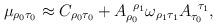
LaTeX: \begin{align*}\mu _{\rho _{0}\tau _{0}}\approx C_{\rho _{0}\tau _{0}}+A_{\rho_{0}}^{\;\;\rho _{1}}\omega _{\rho _{1}\tau _{1}}A_{\tau _{0}}^{\;\;\tau_{1}}, \end{align*}